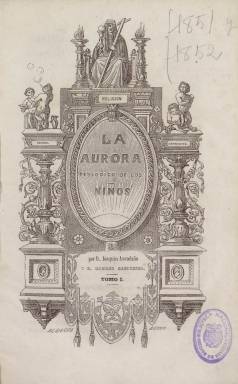
Título: La Aurora (Madrid)
Colección: Revistas infantiles
Ámbito geográfico: Madrid
Lugar de publicación: Madrid
Fechas: 01/01/1851-31/12/1853

Publicación dirigida a los niños y a los jóvenes de carácter didáctico moral que formó parte de la eclosión de este tipo de periódicos que se produjo a partir de la década de 1840, una vez asentado el régimen liberal en España y su política alfabetizadora y de escolarización.

   La Aurora estaba dirigida por Joaquín Avendaño y Mariano Carderera, profesores de Escuela Normal, inspectores de Enseñanza Primaria y autores de un buen número de libros de texto y pedagogía, según podemos leer en un artículo de Antonio Viñao en la Historia de la edición en España, 1836-1936.

     Con 32 páginas y periodicidad mensual, la publicación de ideario conservador, cuyo lema era Virtud, Ciencia y Trabajo,  contaba con  algunos grabados a página entera que hacían más atractiva su lectura para los niños. Así, en el tercer número de la publicación y acompañando un reportaje sobre los inicios del ferrocarril en España, podemos ver un grabado de lo que fue la primera estación de Atocha, el embarcadero o estación de Madrid, como se llamaba entonces, con un tren echando humo a punto de salir para Aranjuez.

    En su primer número, el grabado de un globo aerostático levantando en el aire a un hombre subido a un caballo ilustra una instructiva conversación entre un padre y un hijo que tiene visos de reportaje de actualidad y que sirve para reivindicar a un pionero español de la aviación apenas conocido. El padre explica al hijo que quizá en el futuro los globos servirán para viajar de un punto a otro, lo que no se podía entonces porque no se había descubierto el modo de darles dirección. Y le informa de que un español, Pedro de Montemayor, está construyendo un aparato al que llama Eolo y que resuelve este problema.

    Quien tenga curiosidad por este personaje y su invención puede consultar on line una obra contemporánea del periódico, la Enciclopedia moderna, volumen tercero, de 1851, donde se lee que  Pedro de Montemayor,  visionario abogado y vecino de Medina-Sidonia, llegó a escribir a la reina Isabel II para pedirle financiación para su Eolo, con el que se comprometía a hacer en diez horas el trayecto Cádiz-Madrid y aterrizar en un balcón de palacio.

   El tono y la orientación pedagógica de La Aurora se ponían de relieve con una sección fija de Ejercicios en las últimas páginas, con análisis de Gramática y  problemas de Aritmética para que los niños los resolvieran, publicándose el nombre de aquellos que enviaban la solución al periódico.

[Descripción publicada el 15/03/2019]